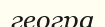
геогра